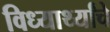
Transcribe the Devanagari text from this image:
विध्यार्थ्यांचे